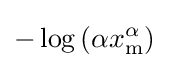
-\log \left(\alpha x_{\mathrm {m} }^{\alpha }\right)